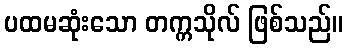
ပထမဆုံးသော တက္ကသိုလ် ဖြစ်သည်။